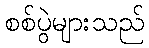
စစ်ပွဲများသည်